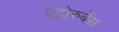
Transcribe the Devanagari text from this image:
ऐट्रोरुबेंस